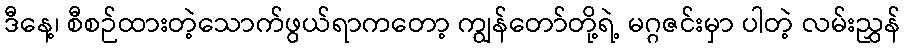
ဒီနေ့၊ စီစဉ်ထားတဲ့သောက်ဖွယ်ရာကတော့ ကျွန်တော်တို့ရဲ့ မဂ္ဂဇင်းမှာ ပါတဲ့ လမ်းညွှန်